Laidoner,_Johan, lk 130
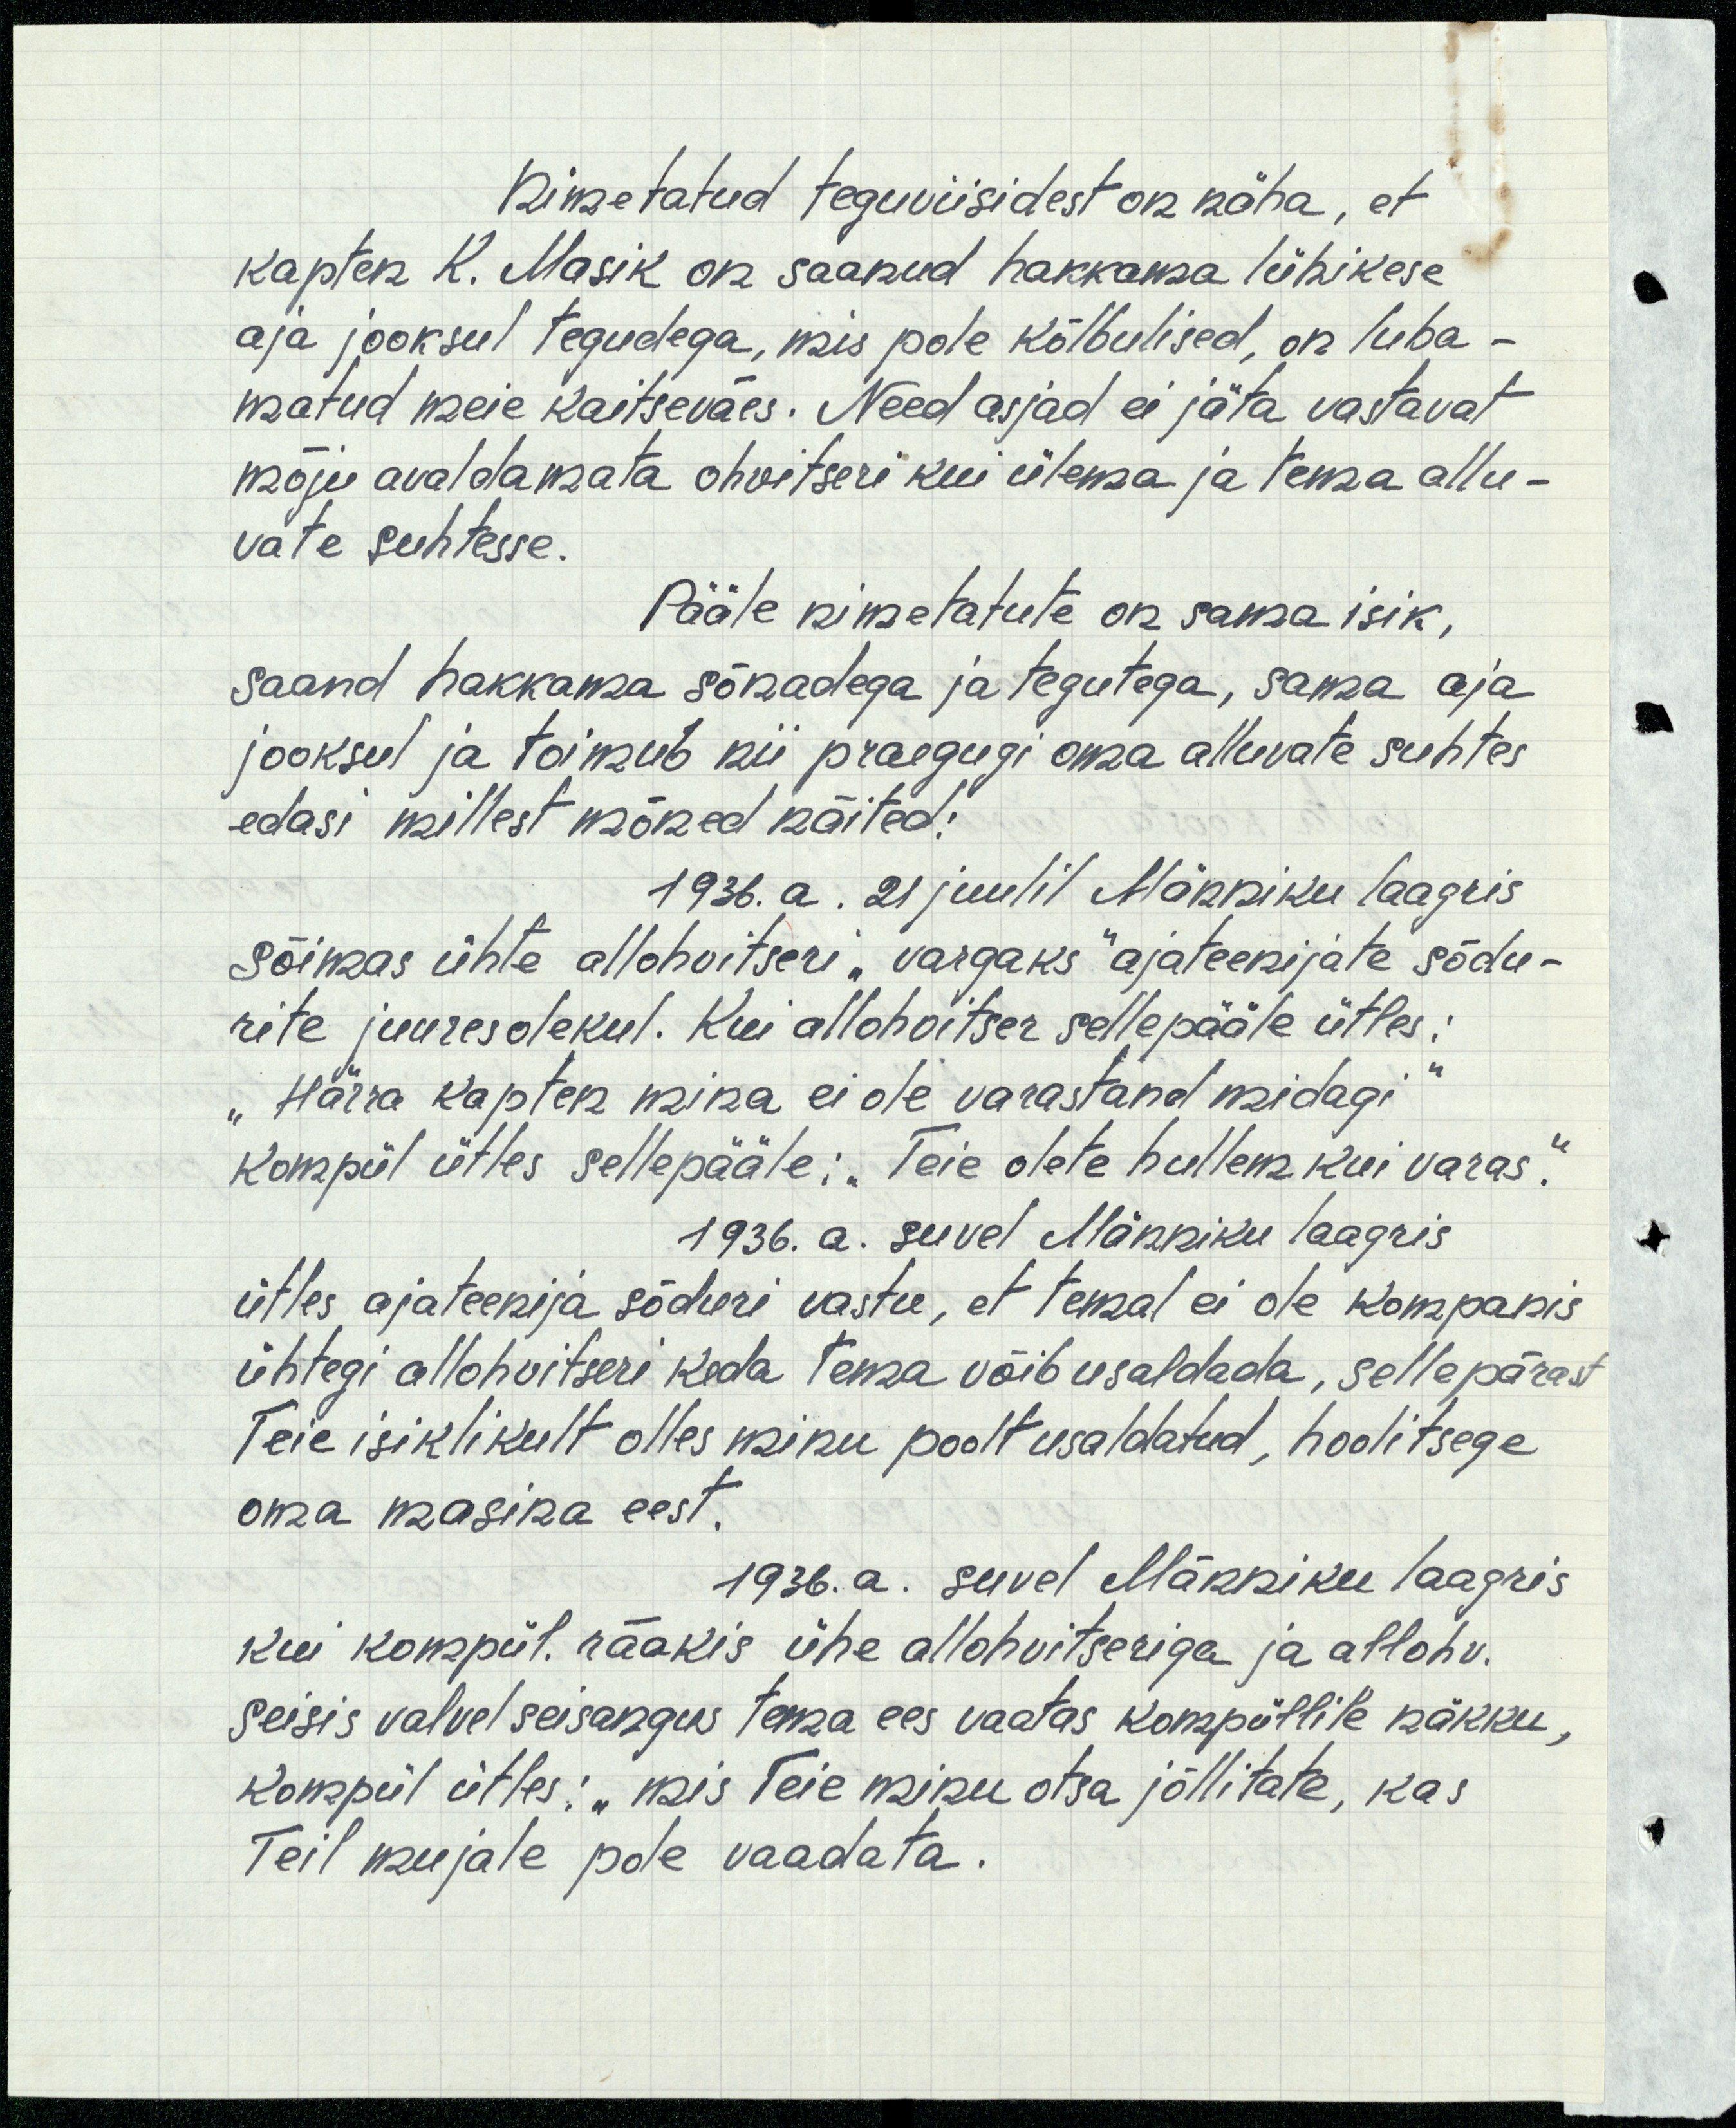
Nimetatud teguviisidest on näha, et
kapten K. Masik on saanud hakkama lühikese
aja jooksul tegudega, mis pole kõlbulised, on luba -
matud meie kaitseväes. Need asjad ei jäta vastavat
mõju avaldamata ohvitseri kui ülema ja tema allu-
vate suhtesse.
Pääle nimetatute on sama isik,
saand hakkama sõnadega ja tegutega, sama aja
jooksul ja toimub nii praegugi oma alluvate suhtes
edasi millest mõned näited:
1936. a. 21 juulil Männiku laagris
sõimas ühte allohvitseri "vargaks" ajateenijate sõdu-
rite juuresolekul. Kui allohvitser sellepääle ütles:
"Härra kapten mina ei ole varastand midagi"
kompül ütles sellepääle: "Teie olete hullem kui varas".
1936. a. suvel Männiku laagris
ütles ajateenija sõduri vastu, et temal ei ole kompanis
ühtegi allohvitseri keda tema võib usaldada, sellepärast
Teie isiklikult olles minu poolt usaldatud, hoolitsege
oma masina eest.
1936.a. suvel Männiku laagris
kui kompül. rääkis ühe allohvitseriga ja allohv.
seisis valvelseisangus tema ees vaatas kompüllile näkku,
kompül ütles: "mis Teie minu otsa jõllitate, kas
Teil mujale pole vaadata.